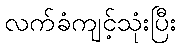
လက်ခံကျင့်သုံးပြီး